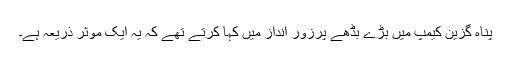
پناہ گزین کیمپ میں بڑے بڈھے پرزور انداز میں کہا کرتے تھے کہ یہ ایک موثر ذریعہ ہے۔